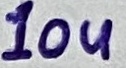
Text: 10u